Indian Civil Veterinary Department memoirs
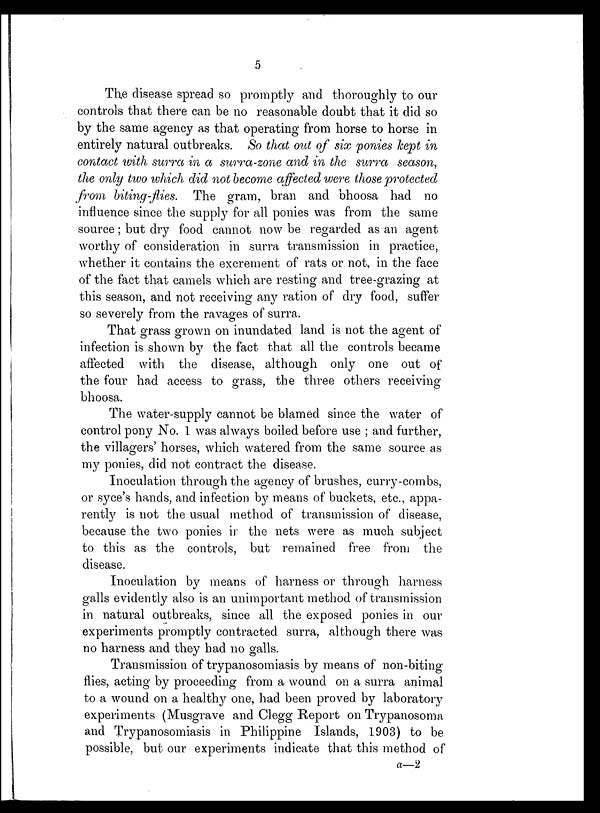
5
The disease spread so promptly and thoroughly to our
controls that there can be no reasonable doubt that it did so
by the same agency as that operating from horse to horse in
entirely natural outbreaks. So that out of six ponies kept in
contact with surra in a surra-zone and in the surra season,
the only two which did not become affected were those protected
from biting-flies. The gram, bran and bhoosa had no
influence since the supply for all ponies was from the same
source; but dry food cannot now be regarded as an agent
worthy of consideration in surra transmission in practice,
whether it contains the excrement of rats or not, in the face
of the fact that camels which are resting and tree-grazing at
this season, and not receiving any ration of dry food, suffer
so severely from the ravages of surra.
That grass grown on inundated land is not the agent of
infection is shown by the fact that all the controls became
affected with the disease, although only one out of
the four had access to grass, the three others receiving
bhoosa.
The water-supply cannot be blamed since the water of
control pony No. 1 was always boiled before use ; and further,
the villagers' horses, which watered from the same source as
my ponies, did not contract the disease.
Inoculation through the agency of brushes, curry-combs,
or syce's hands, and infection by means of buckets, etc., appa-
rently is not the usual method of transmission of disease,
because the two ponies in the nets were as much subject
to this as the controls, but remained free from the
disease.
Inoculation by means of harness or through harness
galls evidently also is an unimportant method of transmission
in natural outbreaks, since all the exposed ponies in our
experiments promptly contracted surra, although there was
no harness and they had no galls.
Transmission of trypanosomiasis by means of non-biting
flies, acting by proceeding from a wound on a surra animal
to a wound on a healthy one, had been proved by laboratory
experiments (Musgrave and Clegg Report on Trypanosoma
and Trypanosomiasis in Philippine Islands, 1903) to be
possible, but our experiments indicate that this method of
a—2